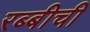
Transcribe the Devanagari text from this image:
रब्बीची